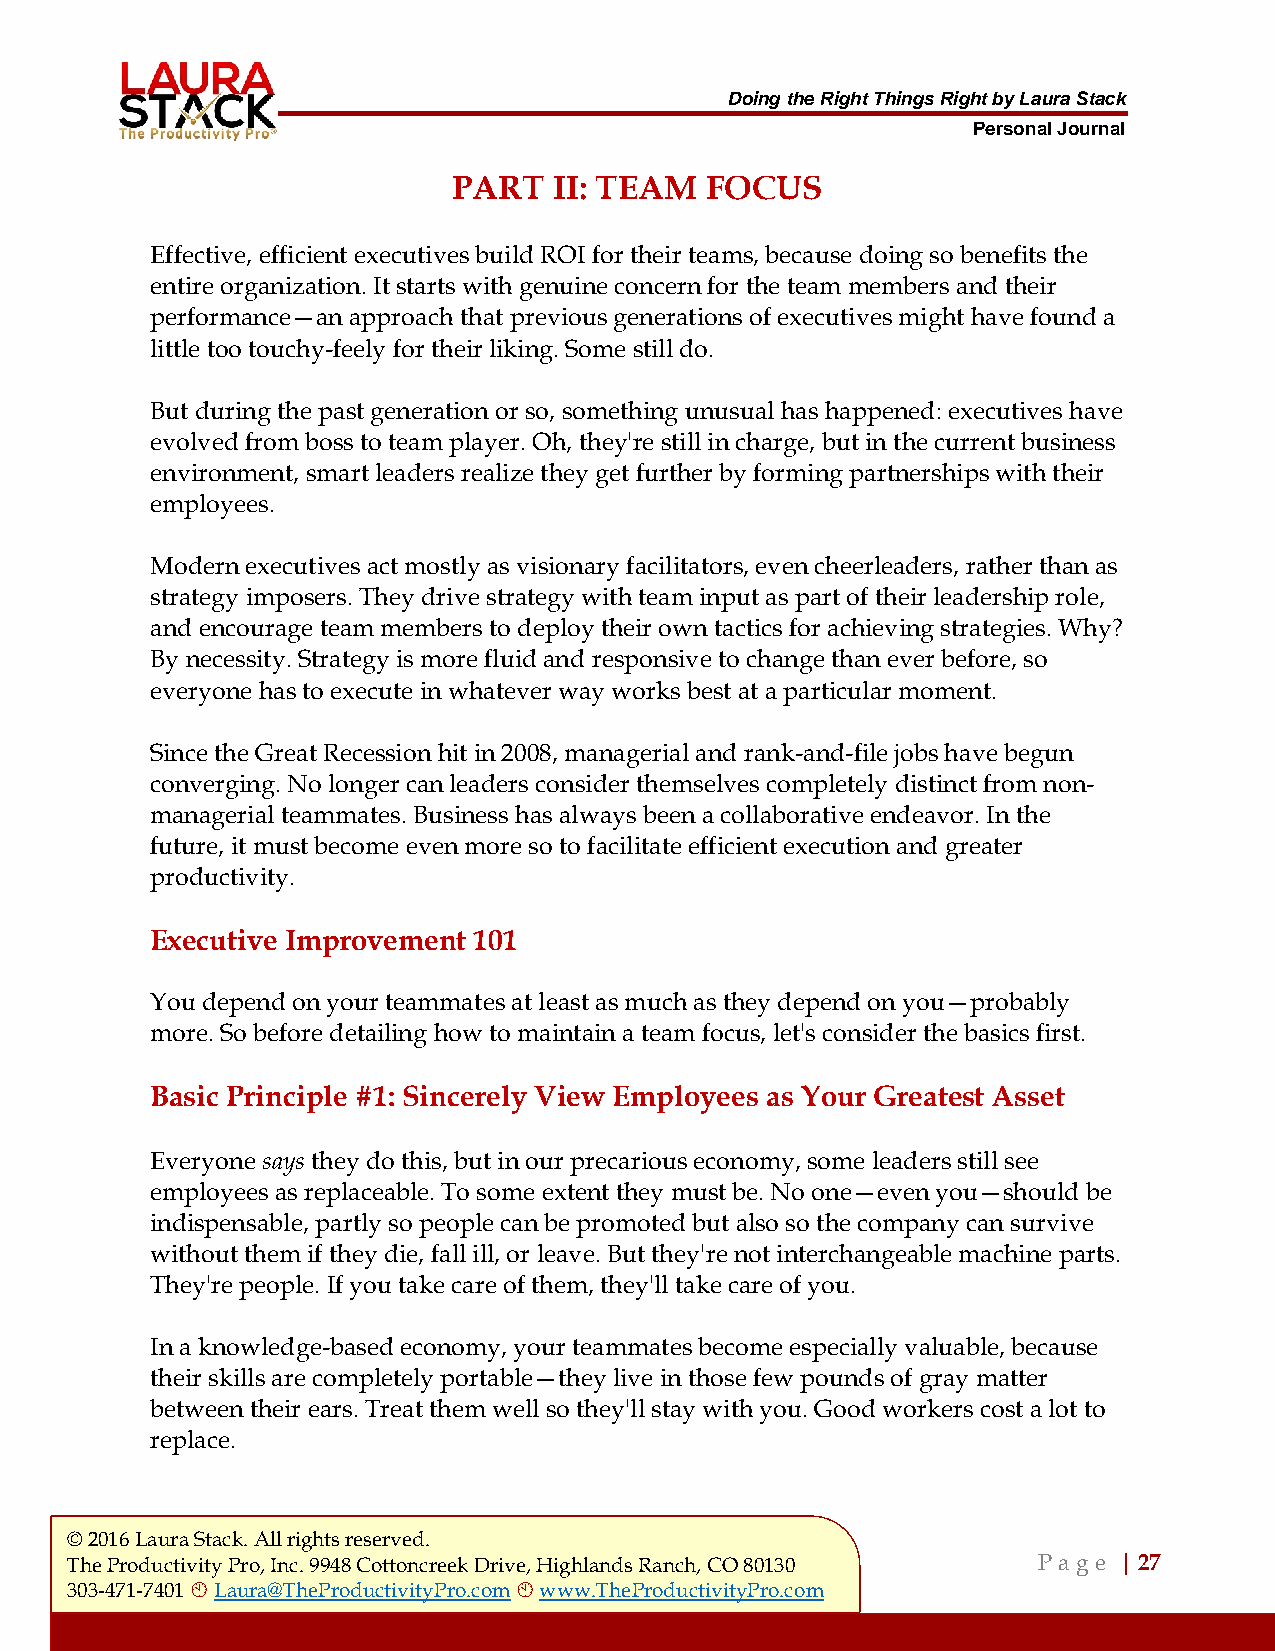
Doing the Right Things Right by Laura Stack
 Personal Journal
 PART   II: TEAM  FOCUS
 Effective, efficient executives build ROI for their teams, because doing so benefits the
 entire organization. It starts with genuine concern for the team members and their
 performance—an approach that previous generations of executives might have found a
 little too touchy-feely for their liking. Some still do.
 But during the past generation or so, something unusual has happened: executives have
 evolved from boss to team player. Oh, they're still in charge, but in the current business
 environment, smart leaders realize they get further by forming partnerships with their
 employees.
 Modern executives act mostly as visionary facilitators, even cheerleaders, rather than as
 strategy imposers. They drive strategy with team input as part of their leadership role,
 and encourage team members to deploy their own tactics for achieving strategies. Why?
 By necessity. Strategy is more fluid and responsive to change than ever before, so
 everyone has to execute in whatever way works best at a particular moment.
 Since the Great Recession hit in 2008, managerial and rank-and-file jobs have begun
 converging. No longer can leaders consider themselves completely distinct from non-
 managerial teammates. Business has always been a collaborative endeavor. In the
 future, it must become even more so to facilitate efficient execution and greater
 productivity.
 Executive Improvement 101
 You depend on your teammates at least as much as they depend on you—probably
 more. So before detailing how to maintain a team focus, let's consider the basics first.
 Basic Principle #1: Sincerely View Employees as Your Greatest Asset
 Everyone says they do this, but in our precarious economy, some leaders still see
 employees as replaceable. To some extent they must be. No one—even you—should be
 indispensable, partly so people can be promoted but also so the company can survive
 without them if they die, fall ill, or leave. But they're not interchangeable machine parts.
 They're people. If you take care of them, they'll take care of you.
 In a knowledge-based economy, your teammates become especially valuable, because
 their skills are completely portable—they live in those few pounds of gray matter
 between their ears. Treat them well so they'll stay with you. Good workers cost a lot to
 replace.
 © 2016 Laura Stack. All rights reserved.
 The Productivity Pro, Inc. 9948 Cottoncreek Drive, Highlands Ranch, CO 80130 P a ge | 27
 303-471-7401  Laura@TheProductivityPro.com  www.TheProductivityPro.com